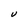
Character: V